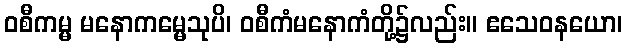
ဝစီကမ္မ မနောကမ္မေသုပိ၊ ဝစီကံမနောကံတို့၌လည်း။ ဧသေဝနယော၊